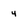
Character: 4